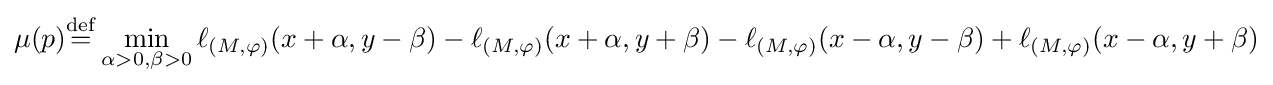
\mu (p){\stackrel {\rm {def}}{=}}\min _{\alpha >0,\beta >0}\ell _{({M},\varphi )}(x+\alpha ,y-\beta )-\ell _{({M},\varphi )}(x+\alpha ,y+\beta )-\ell _{({M},\varphi )}(x-\alpha ,y-\beta )+\ell _{({M},\varphi )}(x-\alpha ,y+\beta )